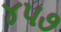
૪૫૭